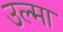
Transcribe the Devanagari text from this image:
उल्मा